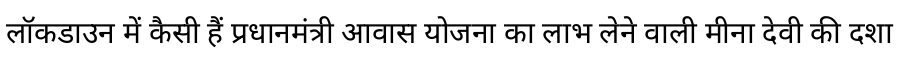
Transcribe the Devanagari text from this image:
लॉकडाउन में कैसी हैं प्रधानमंत्री आवास योजना का लाभ लेने वाली मीना देवी की दशा